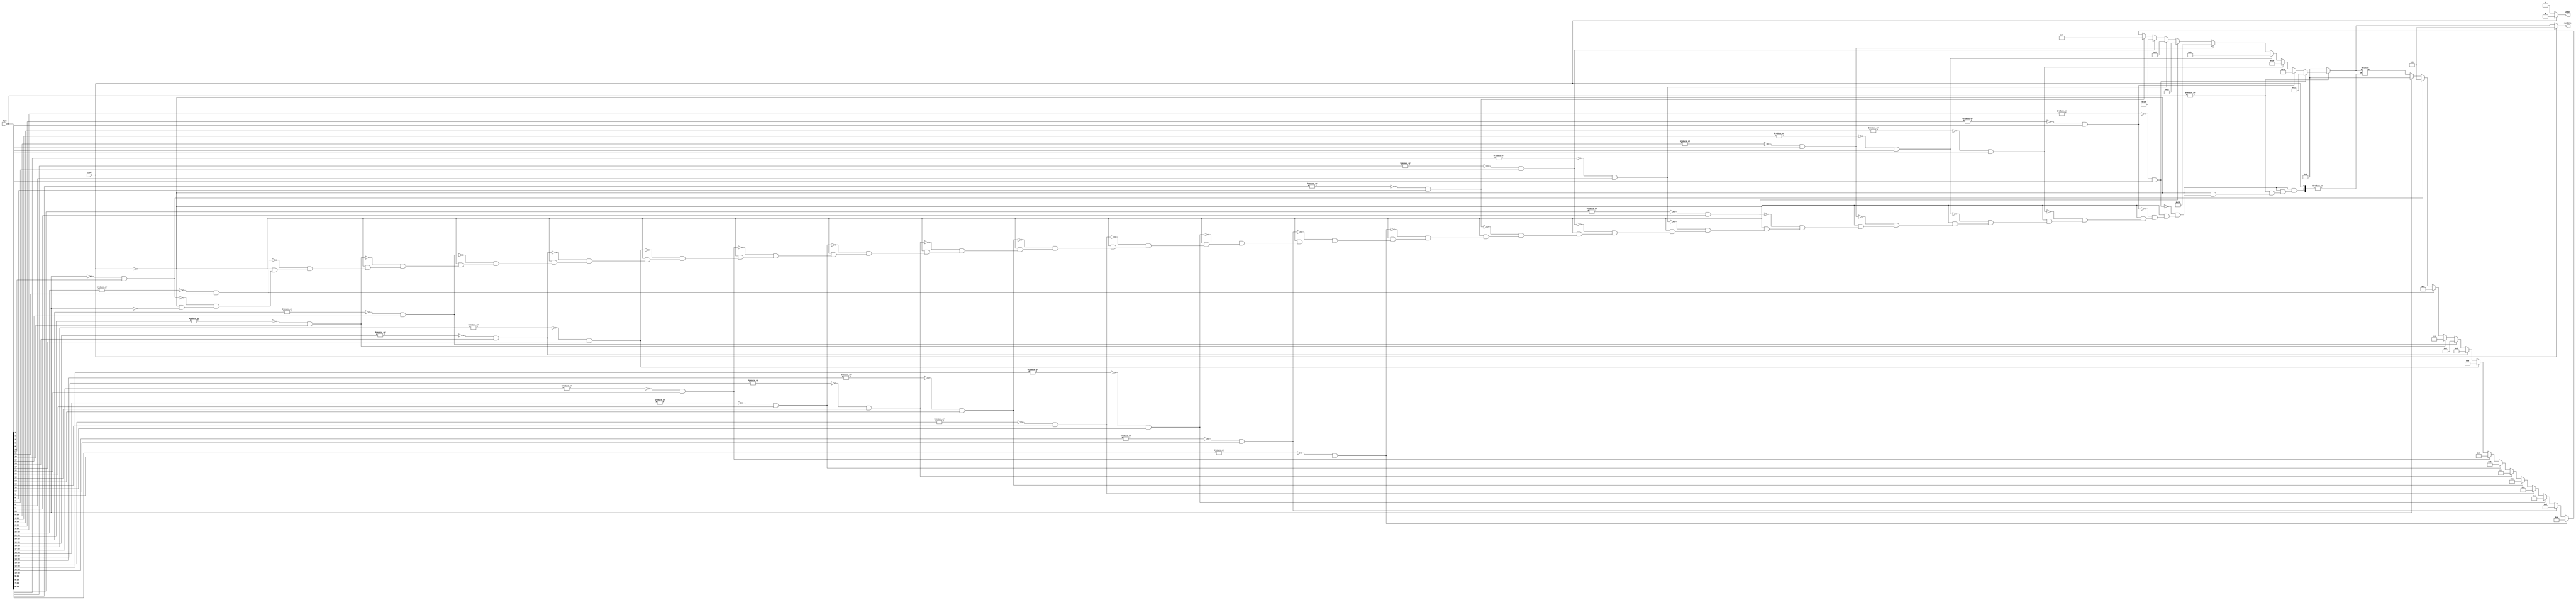

`ifndef _shiftCounter_
`define _shiftCounter_

module shiftCounter(cOut, Mcps, LRbar, numBits);

	input cOut;
	input [23:0] Mcps;

	output reg LRbar;
	output reg [4:0] numBits;

	reg [4:0] numBitsTemp;


	always @(*) begin
		if(cOut) begin
			LRbar = 1'b0;
			numBits = 1'b1;
		end

		else begin
			LRbar = 1'b1;

			if (Mcps[23]) begin
				numBitsTemp = 5'd0;
			end

			if (~|Mcps[23:23] & Mcps[22]) begin
				numBitsTemp = 5'd1;
			end

			if (~|Mcps[23:22] & Mcps[21]) begin
				numBitsTemp = 5'd2;
			end

			if (~|Mcps[23:21] & Mcps[20]) begin
				numBitsTemp = 5'd3;
			end

			if (~|Mcps[23:20] & Mcps[19]) begin
				numBitsTemp = 5'd4;
			end

			if (~|Mcps[23:19] & Mcps[18]) begin
				numBitsTemp = 5'd5;
			end

			if (~|Mcps[23:18] & Mcps[17]) begin
				numBitsTemp = 5'd6;
			end

			if (~|Mcps[23:17] & Mcps[16]) begin
				numBitsTemp = 5'd7;
			end

			if (~|Mcps[23:16] & Mcps[15]) begin
				numBitsTemp = 5'd8;
			end

			if (~|Mcps[23:15] & Mcps[14]) begin
				numBitsTemp = 5'd9;
			end

			if (~|Mcps[23:14] & Mcps[13]) begin
				numBitsTemp = 5'd10;
			end

			if (~|Mcps[23:13] & Mcps[12]) begin
				numBitsTemp = 5'd11;
			end

			if (~|Mcps[23:12] & Mcps[11]) begin
				numBitsTemp = 5'd12;
			end

			if (~|Mcps[23:11] & Mcps[10]) begin
				numBitsTemp = 5'd13;
			end

			if (~|Mcps[23:10] & Mcps[9]) begin
				numBitsTemp = 5'd14;
			end

			if (~|Mcps[23:9] & Mcps[8]) begin
				numBitsTemp = 5'd15;
			end

			if (~|Mcps[23:8] & Mcps[7]) begin
				numBitsTemp = 5'd16;
			end

			if (~|Mcps[23:7] & Mcps[6]) begin
				numBitsTemp = 5'd17;
			end

			if (~|Mcps[23:6] & Mcps[5]) begin
				numBitsTemp = 5'd18;
			end

			if (~|Mcps[23:5] & Mcps[4]) begin
				numBitsTemp = 5'd19;
			end

			if (~|Mcps[23:4] & Mcps[3]) begin
				numBitsTemp = 5'd20;
			end

			if (~|Mcps[23:3] & Mcps[2]) begin
				numBitsTemp = 5'd21;
			end

			if (~|Mcps[23:2] & Mcps[1]) begin
				numBitsTemp = 5'd22;
			end

			if (~|Mcps[23:1] & Mcps[0]) begin
				numBitsTemp = 5'd23;
			end

			// //Special Val
			// if (~|Mcps[23:0]) begin
			// 	numBitsTemp = 5'd24;
			// end

			if (~|Mcps[23:0]) begin
				numBitsTemp = 5'd0;
			end

			numBits = numBitsTemp;
		end
	end



endmodule
`endif